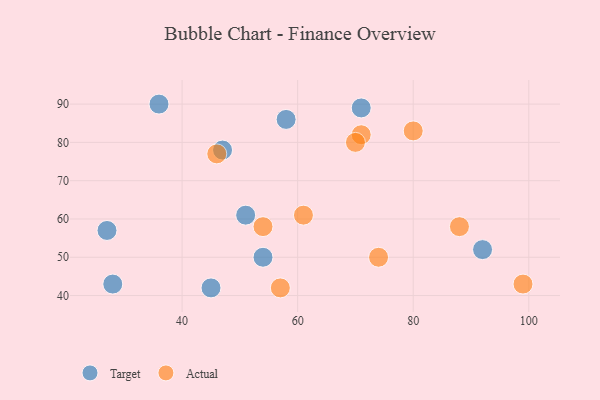
{"axis": {"x": "GDP", "y": "Life Expectancy"}, "legend": ["Actual", "Target"], "data": [{"x": "45", "y": 42, "type": "Target"}, {"x": "92", "y": 52, "type": "Target"}, {"x": "51", "y": 61, "type": "Target"}, {"x": "58", "y": 86, "type": "Target"}, {"x": "28", "y": 43, "type": "Target"}, {"x": "27", "y": 57, "type": "Target"}, {"x": "36", "y": 90, "type": "Target"}, {"x": "54", "y": 50, "type": "Target"}, {"x": "71", "y": 89, "type": "Target"}, {"x": "47", "y": 78, "type": "Target"}, {"x": "88", "y": 58, "type": "Actual"}, {"x": "46", "y": 77, "type": "Actual"}, {"x": "71", "y": 82, "type": "Actual"}, {"x": "54", "y": 58, "type": "Actual"}, {"x": "61", "y": 61, "type": "Actual"}, {"x": "74", "y": 50, "type": "Actual"}, {"x": "70", "y": 80, "type": "Actual"}, {"x": "99", "y": 43, "type": "Actual"}, {"x": "80", "y": 83, "type": "Actual"}, {"x": "57", "y": 42, "type": "Actual"}]}